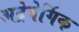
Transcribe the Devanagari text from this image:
अद्रेनेर्गिक